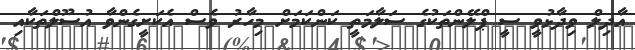
އާދިލް ވިދާޅުވީ ސީ ޕްލޭންތަކުގެ ސަލާމަތީ ކަންކަމަށް މިހާރު ވެސް އެކަށީގެންވާ އުސޫލްތަކާއި